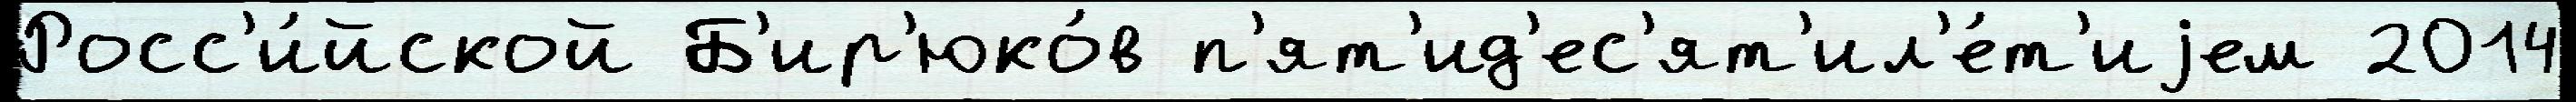
Росс'и́йской Б'ир'юко́в п'ят'ид'ес'ят'ил'е́т'иjем 2014